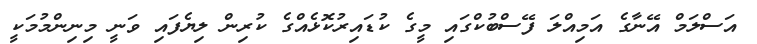
އަސްލަމް އޭނާގެ އަމިއްލަ ފޭސްބުކްގައި މީގެ ކުޑައިރުކޮޅެއްގެ ކުރިން ލިޔެފައި ވަނީ މިނިންމުމަކީ